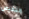
الترخيص